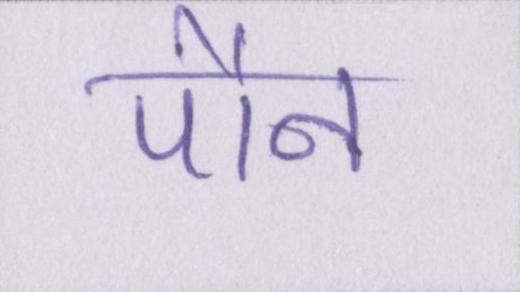
पौन